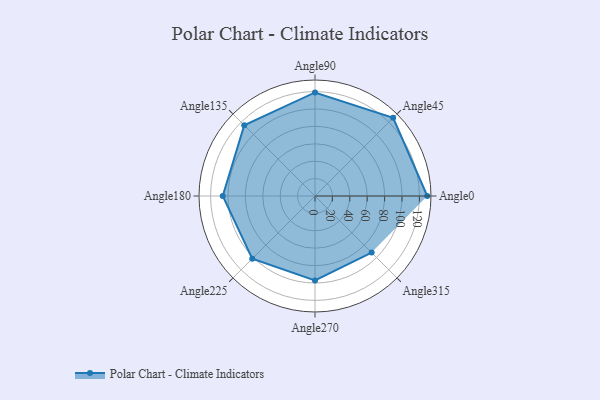
{"axis": {"x": "Angle", "y": "Radius"}, "legend": [""], "data": [{"x": "Angle0", "y": 129.0, "type": ""}, {"x": "Angle45", "y": 127.0, "type": ""}, {"x": "Angle90", "y": 119.0, "type": ""}, {"x": "Angle135", "y": 115.0, "type": ""}, {"x": "Angle180", "y": 106.0, "type": ""}, {"x": "Angle225", "y": 102.0, "type": ""}, {"x": "Angle270", "y": 97.0, "type": ""}, {"x": "Angle315", "y": 92.0, "type": ""}]}